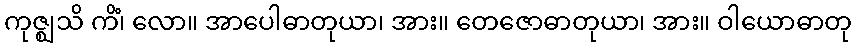
ကုဇ္ဈသိ ကိံ၊ လော။ အာပေါဓာတုယာ၊ အား။ တေဇောဓာတုယာ၊ အား။ ဝါယောဓာတု